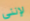
لإنني